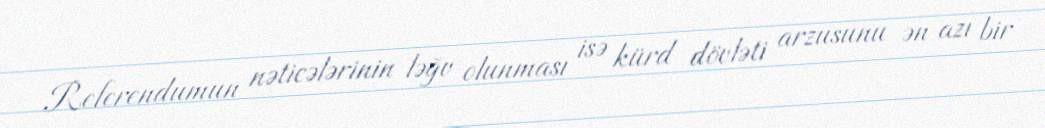
Referendumun nəticələrinin ləğv olunması isə kürd dövləti arzusunu ən azı bir